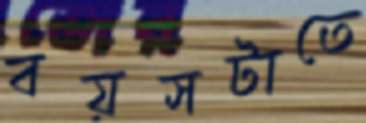
বয়সটাতে